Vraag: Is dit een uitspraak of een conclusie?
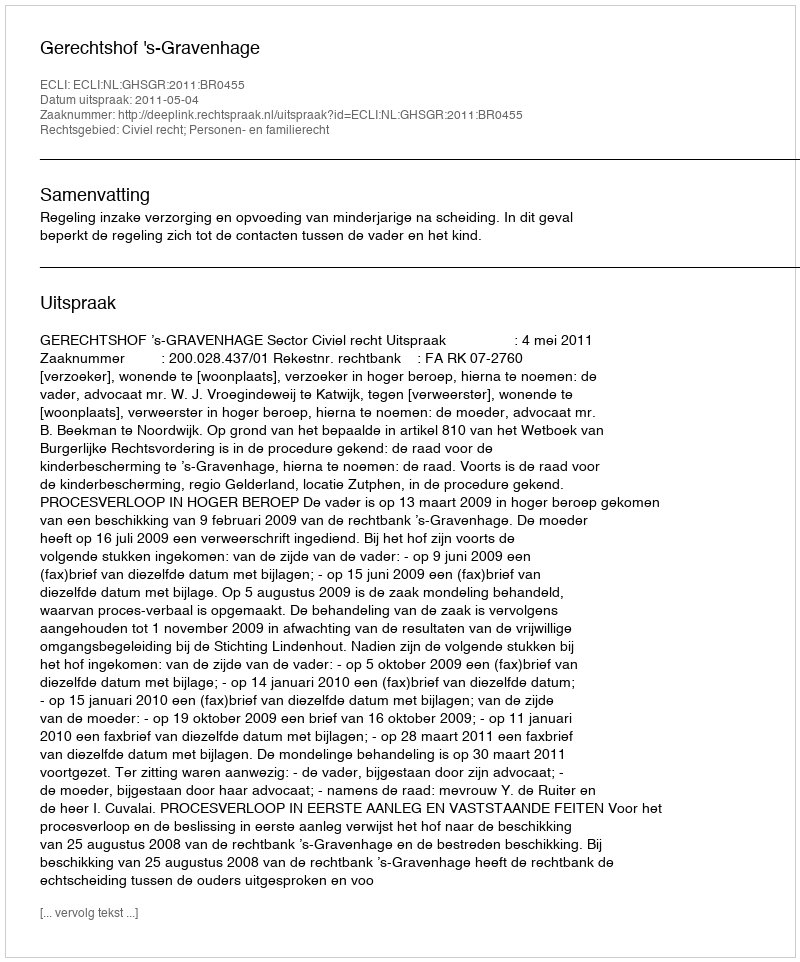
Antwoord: Uitspraak